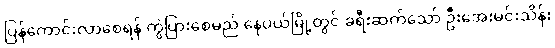
ပြန်ကောင်းလာစေရန် ကွဲပြားစေမည် နေပယ်မြို့တွင် ခရီးဆက်သော် ဦးအေးမင်းသိန်း